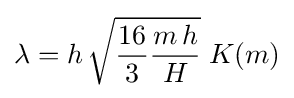
\lambda =h\,{\sqrt {{\frac {16}{3}}{\frac {m\,h}{H}}}}\;K(m)